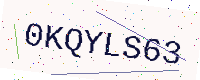
Text: 0KQYLS63